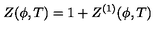
Z ( \phi , T ) = 1 + Z ^ { ( 1 ) } ( \phi , T )